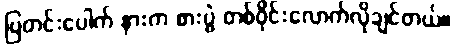
ပြတင်းပေါက် နားက စားပွဲ တစ်ဝိုင်းလောက်လိုချင်တယ်။